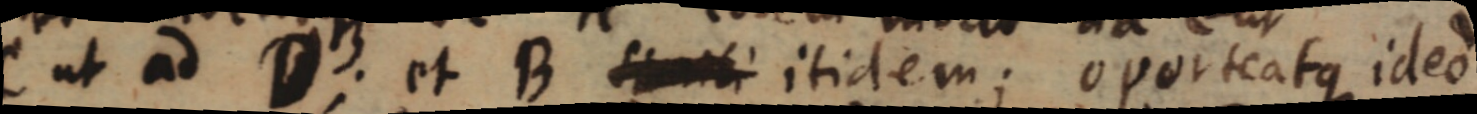
ut ad D. et B itidem; oporteatque ideo